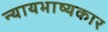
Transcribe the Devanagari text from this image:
न्यायभाष्यकार